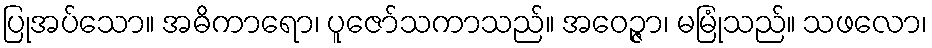
ပြုအပ်သော။ အဓိကာရော၊ ပူဇော်သကာသည်။ အဝေဉ္ဇာ၊ မမြုံသည်။ သဖလော၊